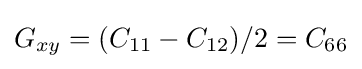
G_{xy}=(C_{11}-C_{12})/2=C_{66}